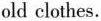
old clothes.